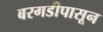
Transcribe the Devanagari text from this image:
बरगडीपासून